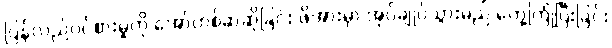
ပြန်လည်ဝင်စားမှုကို အော်ဟစ်ဆဲဆိုခြင်း ဖိအားမှာ အုပ်ချုပ်သွားမည် တွေ့ကြုံပြီးခြင်း